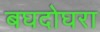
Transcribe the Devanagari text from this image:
बघदोघरा